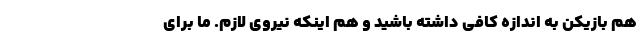
هم بازیکن به اندازه کافی داشته باشید و هم اینکه نیروی لازم. ما برای